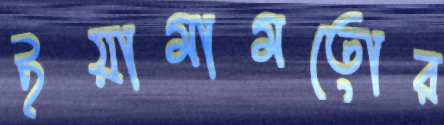
ইয়ামামতোর